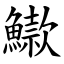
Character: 䲌